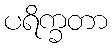
ပရိက္ခတာ